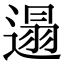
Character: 遢